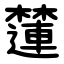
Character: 㰈